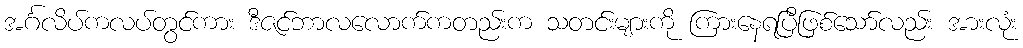
အင်္ဂလိပ်ကလပ်တွင်ကား ဒီဇင်ဘာလလောက်ကတည်းက သတင်းများကို ကြားနေရပြီဖြစ်သော်လည်း အားလုံး